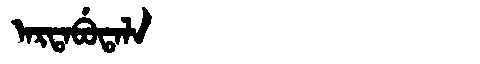
Manchu: ᠠᡵᡨᠠᠪᡠᡨᠠᠯᠠ
Romanization: ARTABUTALA